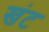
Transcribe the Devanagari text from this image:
खंट